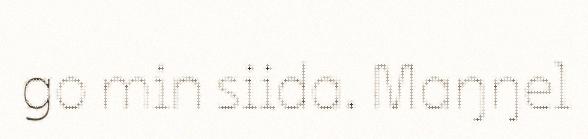
go min siida. Maŋŋel